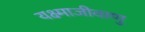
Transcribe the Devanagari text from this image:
यक्ष्माजीवाणु